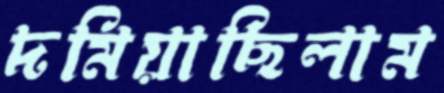
দমিয়াছিলাম